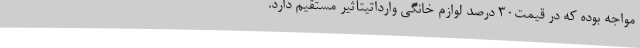
مواجه بوده که در قیمت30 درصد لوازم خانگی وارداتیتأثیر مستقیم دارد.